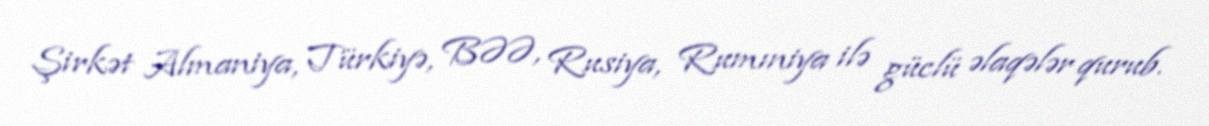
Şirkət Almaniya, Türkiyə, BƏƏ, Rusiya, Rumıniya ilə güclü əlaqələr qurub.